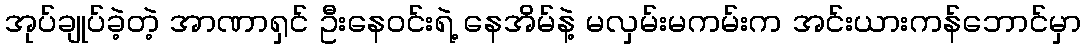
အုပ်ချုပ်ခဲ့တဲ့ အာဏာရှင် ဦးနေဝင်းရဲ့ နေအိမ်နဲ့ မလှမ်းမကမ်းက အင်းယားကန်ဘောင်မှာ